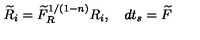
\widetilde { R } _ { i } = \widetilde { F } _ { R } ^ { 1 / ( 1 - n ) } R _ { i } , \quad d t _ { s } = \widetilde { F }